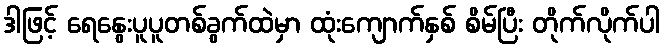
ဒါဖြင့် ရေနွေးပူပူတစ်ခွက်ထဲမှာ ထုံးကျောက်နှစ် စိမ်ပြီး တိုက်လိုက်ပါ